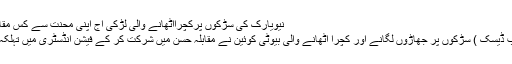
نیویارک کی سڑکوں پرکچرااٹھانے والی لڑکی آج اپنی محنت سے کس مقام پرجاپہنچی
نیویارک(ویب ڈیسک ) سڑکوں پر جھاڑوں لگانے اور کچرا اٹھانے والی بیوٹی کوئین نے مقابلہ حسن میں شرکت کر کے فیشن انڈسٹری میں تہلکہ مچا دیا ہے۔